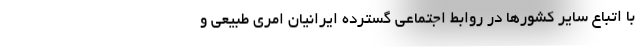
با اتباع سایر کشورها در روابط اجتماعی گسترده ایرانیان امری طبیعی و